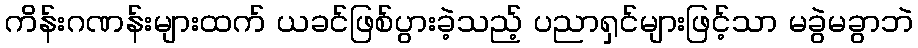
ကိန်းဂဏန်းများထက် ယခင်ဖြစ်ပွားခဲ့သည့် ပညာရှင်များဖြင့်သာ မခွဲမခွာဘဲ